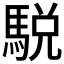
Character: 駾